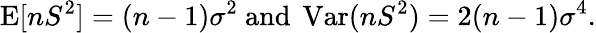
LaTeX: \operatorname{E}[nS^{2}]=(n-1)\sigma^{2}{\mathrm{~and~}}\operatorname{Var}(nS^{2})=2(n-1)\sigma^{4}.